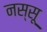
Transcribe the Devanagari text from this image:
नस्सू